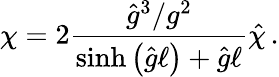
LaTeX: \chi=2\frac{{\hat{g}}^{3}/g^{2}}{\sinh{\left({\hat{g}}\ell\right)}+{\hat{g}}\ell}{\hat{\chi}}\, .